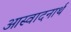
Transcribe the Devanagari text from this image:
आस्वादनार्थ